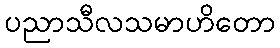
ပညာသီလသမာဟိတော